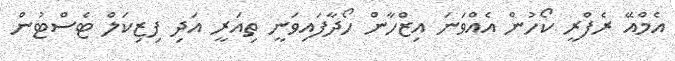
އެމްއޭ ރެފްރީ ކޯހުން އެއްވަނަ އިޒްހާން ހޯދާފައިވަނީ ތިއަރީ އަދި ފިޒިކަލް ޓެސްޓުން